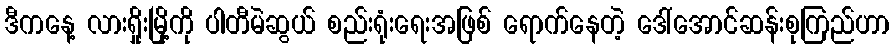
ဒီကနေ့ လားရှိုးမြို့ကို ပါတီမဲဆွယ် စည်းရုံးရေးအဖြစ် ရောက်နေတဲ့ ဒေါ်အောင်ဆန်းစုကြည်ဟာ